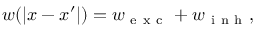
w ( \lvert x - x ^ { \prime } \rvert ) = w _ { \mathrm { ~ e ~ x ~ c ~ } } + w _ { \mathrm { ~ i ~ n ~ h ~ } } ,